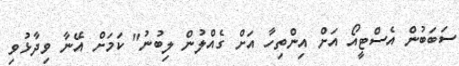
ސަބަބުން އެސްޓީއޯ އަށް އިންތިހާ އަށް ގެއްލުން ލިބުނު" ކަމަށް އޭނާ ވިދާޅުވި